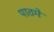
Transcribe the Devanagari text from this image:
पाठमे